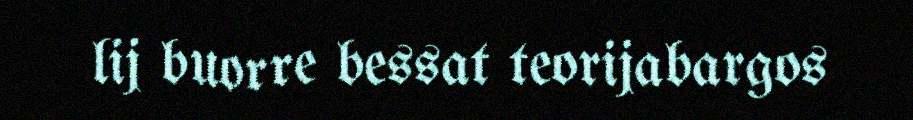
lij buorre bessat teorijabargos